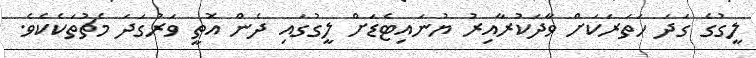
ލީގުގެ ގަދަ ހަތަރަކަށް ވާދަކުރާއިރު ޔުނައިޓެޑަށް ލީގުގައި ދެން އޮތީ ވަރުގަދަ މެޗުތަކެކެވެ.